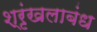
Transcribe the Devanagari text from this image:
श्रृंखलाबंध